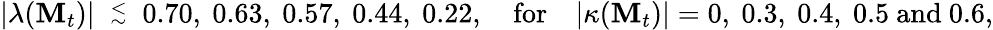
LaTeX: |\lambda(\mathbf{M}_{t})|\ \stackrel{<}{{}_{\sim}}\ 0.70,\ 0.63,\ 0.57,\ 0.44,\ 0.22,\quad\mathrm{{for}}\quad|\kappa(\mathbf{M}_{t})|=0,\ 0.3,\ 0.4,\ 0.5\ \mathrm{{and}}\ 0.6,